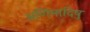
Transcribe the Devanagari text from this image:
अणिमादिषु